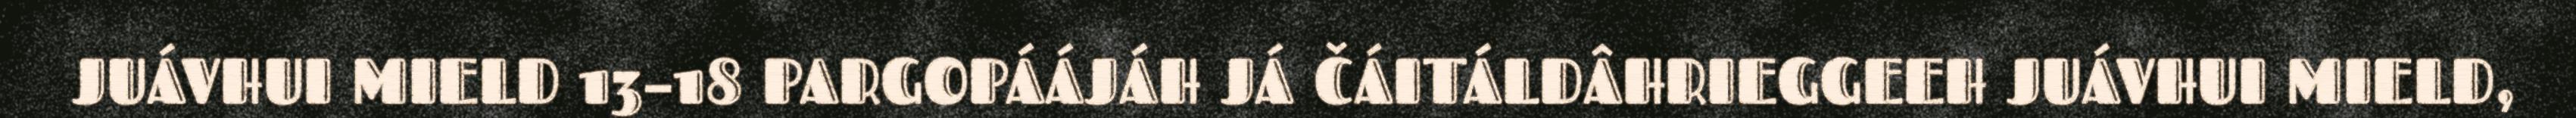
JUÁVHUI MIELD 13–18 PARGOPÁÁJÁH JÁ ČÁITÁLDÂHRIEGGEEH JUÁVHUI MIELD,